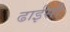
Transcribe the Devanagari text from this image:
ढाईसौ